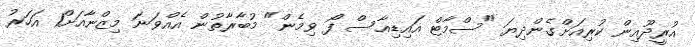
އުރީދޫއިން ކުރިއަށްގެންދިޔަ "ސްމާޓް އައިޑިއާސް ފޯ ވިމެން" މުބާރާތުން އެއްވަަނަ މިޒްނާއަށް1 އަހަރު